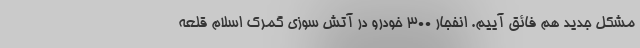
مشکل جدید هم فائق آییم. انفجار 300 خودرو در آتش سوزی گمرک اسلام قلعه